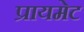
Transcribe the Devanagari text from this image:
प्रायमेट